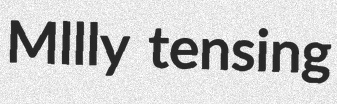
Mllly tensing